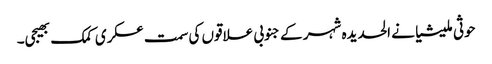
حوثی ملیشیا نے الحدیدہ شہر کے جنوبی علاقوں کی سمت عسکری کمک بھیجی۔